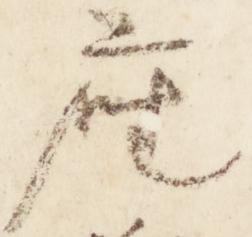
座